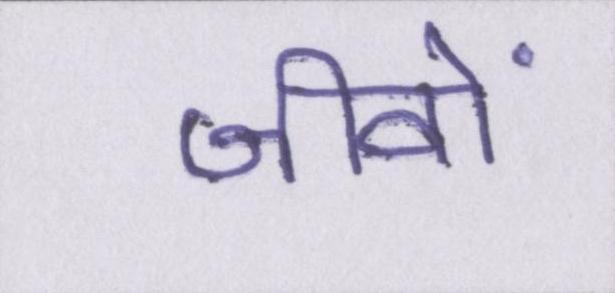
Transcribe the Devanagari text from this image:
जीवों